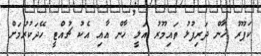
ކަޕޫރު ޚާން ދަރިފުޅު ތައިމޫރު އަލީ ޚާން އާއި އެކު ޗުއްޓީ ހޭދަކުރުމަށް